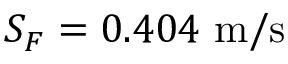
S _ { F } = 0 . 4 0 4 ~ \mathrm { m } / \mathrm { s }